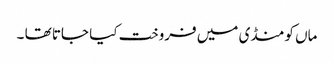
ماں کو منڈی میں فروخت کیا جاتا تھا ۔